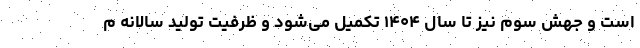
است و جهش سوم نیز تا سال ۱۴۰۴ تکمیل می‌شود و ظرفیت تولید سالانه م